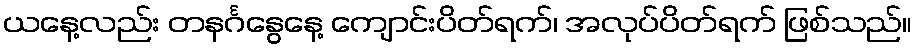
ယနေ့လည်း တနင်္ဂနွေနေ့ ကျောင်းပိတ်ရက်၊ အလုပ်ပိတ်ရက် ဖြစ်သည်။